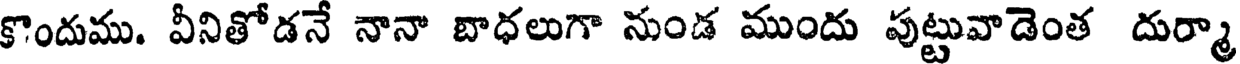
కొందుము. వీనితోడనే నానా బాధలుగా నుండ ముందు పుట్టువాడెంత దుర్మా